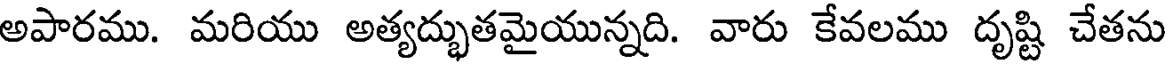
అపారము. మరియు అత్యద్భుతమైయున్నది. వారు కేవలము దృష్టి చేతను